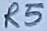
Text: R5